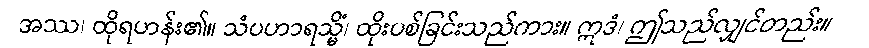
အဿ၊ ထိုရဟန်း၏။ သံပဟာရသ္မိံ၊ ထိုးပစ်ခြင်းသည်ကား။ ဣဒံ၊ ဤသည်လျှင်တည်း။